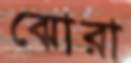
ঝোরা